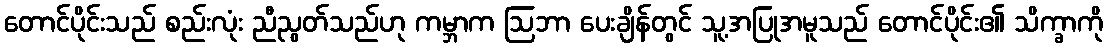
တောင်ပိုင်းသည် စည်းလုံး ညီညွတ်သည်ဟု ကမ္ဘာက ဩဘာ ပေးချိန်တွင် သူ့အပြုအမူသည် တောင်ပိုင်း၏ သိက္ခာကို